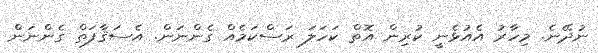
ނުދޭނެ. މިހާރު އެއުޅެނީ ކުރިން އޮތް ކަހަލަ ރަސްކަމެއް ގެންނަން. އެސަޤާފަތް ގެންނަން